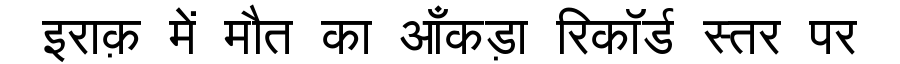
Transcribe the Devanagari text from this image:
इराक़ में मौत का आँकड़ा रिकॉर्ड स्तर पर